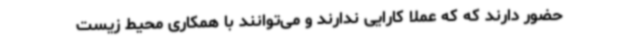
حضور دارند که که عملا کارایی ندارند و می‌توانند با همکاری محیط زیست